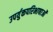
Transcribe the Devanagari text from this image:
उपर्युक्तपरिभाषाओं